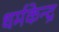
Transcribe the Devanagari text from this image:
धर्मकेन्द्र